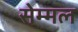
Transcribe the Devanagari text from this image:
सेम्मल